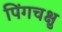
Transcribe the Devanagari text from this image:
पिंगचक्षु